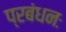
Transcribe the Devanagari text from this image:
प्रबंधनः